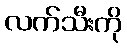
လက်သီးကို